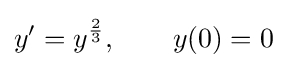
y'=y^{\frac {2}{3}},\qquad y(0)=0